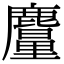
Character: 𪋥